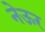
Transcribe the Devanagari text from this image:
नेऊर